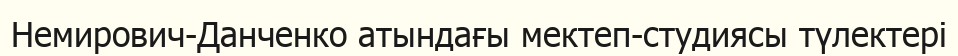
Немирович-Данченко атындағы мектеп-студиясы түлектері